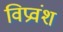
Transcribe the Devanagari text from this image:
विप्रवंश